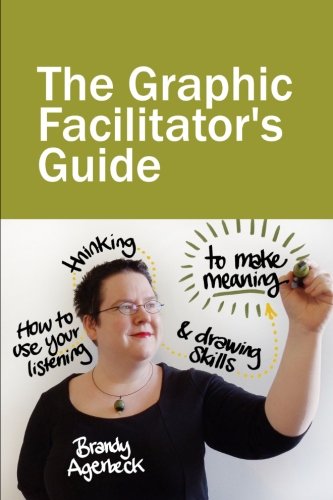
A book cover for The Graphic Facilitator's Guide: How to use your listening, thinking and drawing skills to make meaning; Brandy Agerbeck; Business & Money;